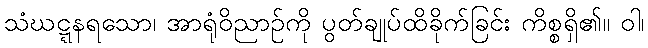
သံဃဋ္ဋနရသော၊ အာရုံဝိညာဉ်ကို ပွတ်ချုပ်ထိခိုက်ခြင်း ကိစ္စရှိ၏။ ဝါ၊